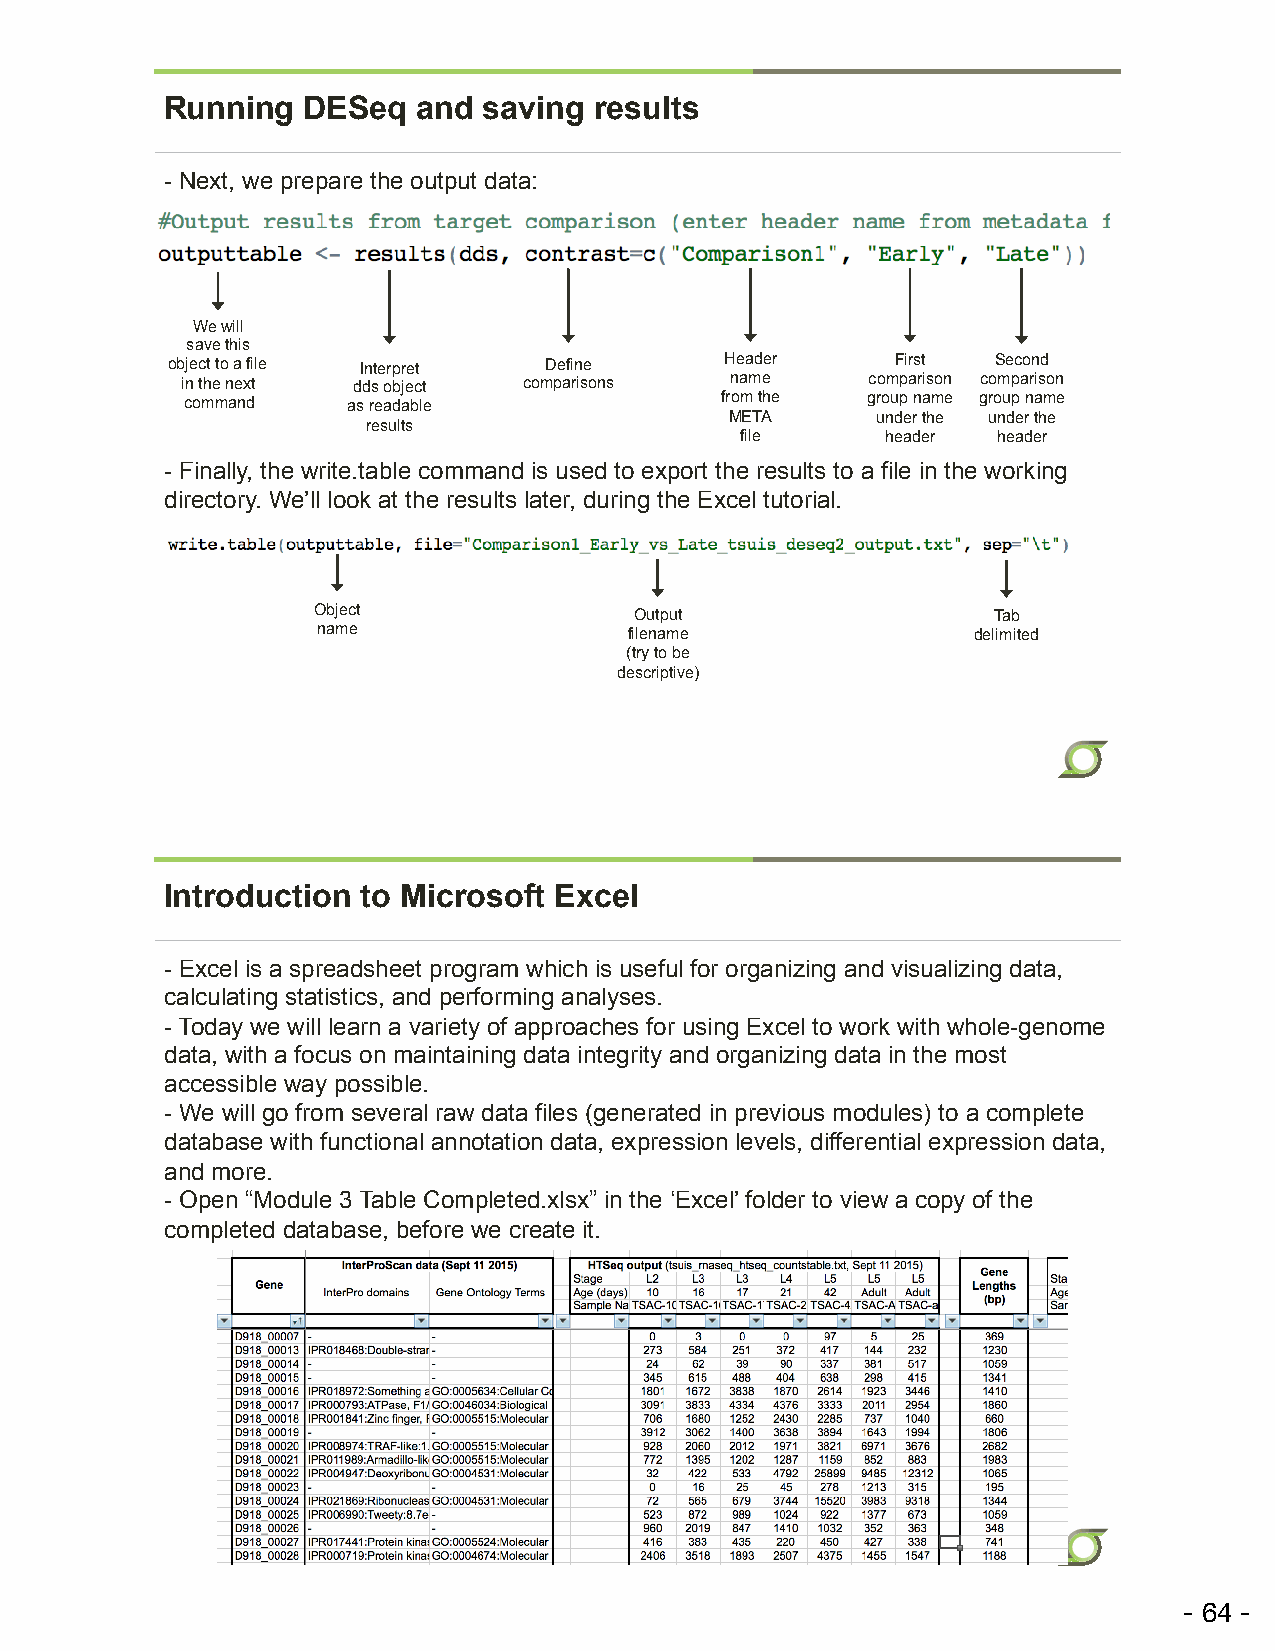
Running  DESeq   and saving results
 - Next, we prepare the output data:
 We will
 save this
 object to a file Interpret Define    Header     First  Second
 in the next dds object comparisons  name      comparison comparison
 command    as readable              from the group name group name
 META      under the under the
 results
 file      header header
 - Finally, the write.table command is used to export the results to a file in the working
 directory. We’ll look at the results later, during the Excel tutorial.
 Object               Output                  Tab
 name                 filename               delimited
 (try to be
 descriptive)
 Introduction to Microsoft Excel
 - Excel is a spreadsheet program which is useful for organizing and visualizing data,
 calculating statistics, and performing analyses.
 - Today we will learn a variety of approaches for using Excel to work with whole-genome
 data, with a focus on maintaining data integrity and organizing data in the most
 accessible way possible.
 - We will go from several raw data files (generated in previous modules) to a complete
 database with functional annotation data, expression levels, differential expression data,
 and more.
 - Open “Module 3 Table Completed.xlsx” in the ‘Excel’ folder to view a copy of the
 completed database, before we create it.